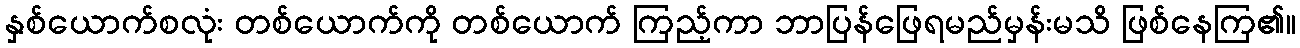
နှစ်ယောက်စလုံး တစ်ယောက်ကို တစ်ယောက် ကြည့်ကာ ဘာပြန်ဖြေရမည်မှန်းမသိ ဖြစ်နေကြ၏။